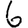
Digit: 6